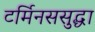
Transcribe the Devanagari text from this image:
टर्मिनससुद्धा